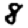
Digit: 8